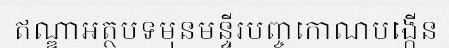
ឥណ្ឌាអត្ថបទមុនមន្ទីរបញ្ចកោណបង្កើន